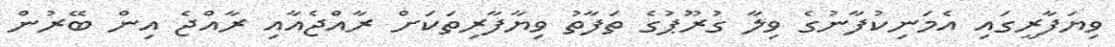
ވިޔަފާރީގައި އެމަނިކުފާނުގެ ވިލާ ގުރޫޕުގެ ތަފާތު ވިޔާފާރިތަކަށް ރާއްޖެއާއި ރާއްޖެ އިން ބޭރުން